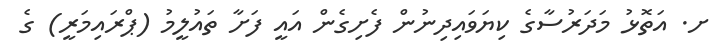
ށ. އަތޮޅު މަދަރުސާގެ ކިޔަވައިދިނުން ފެށިގެން އައީ ފަށާ ތައުލީމު (ޕްރައިމަރީ) ގެ